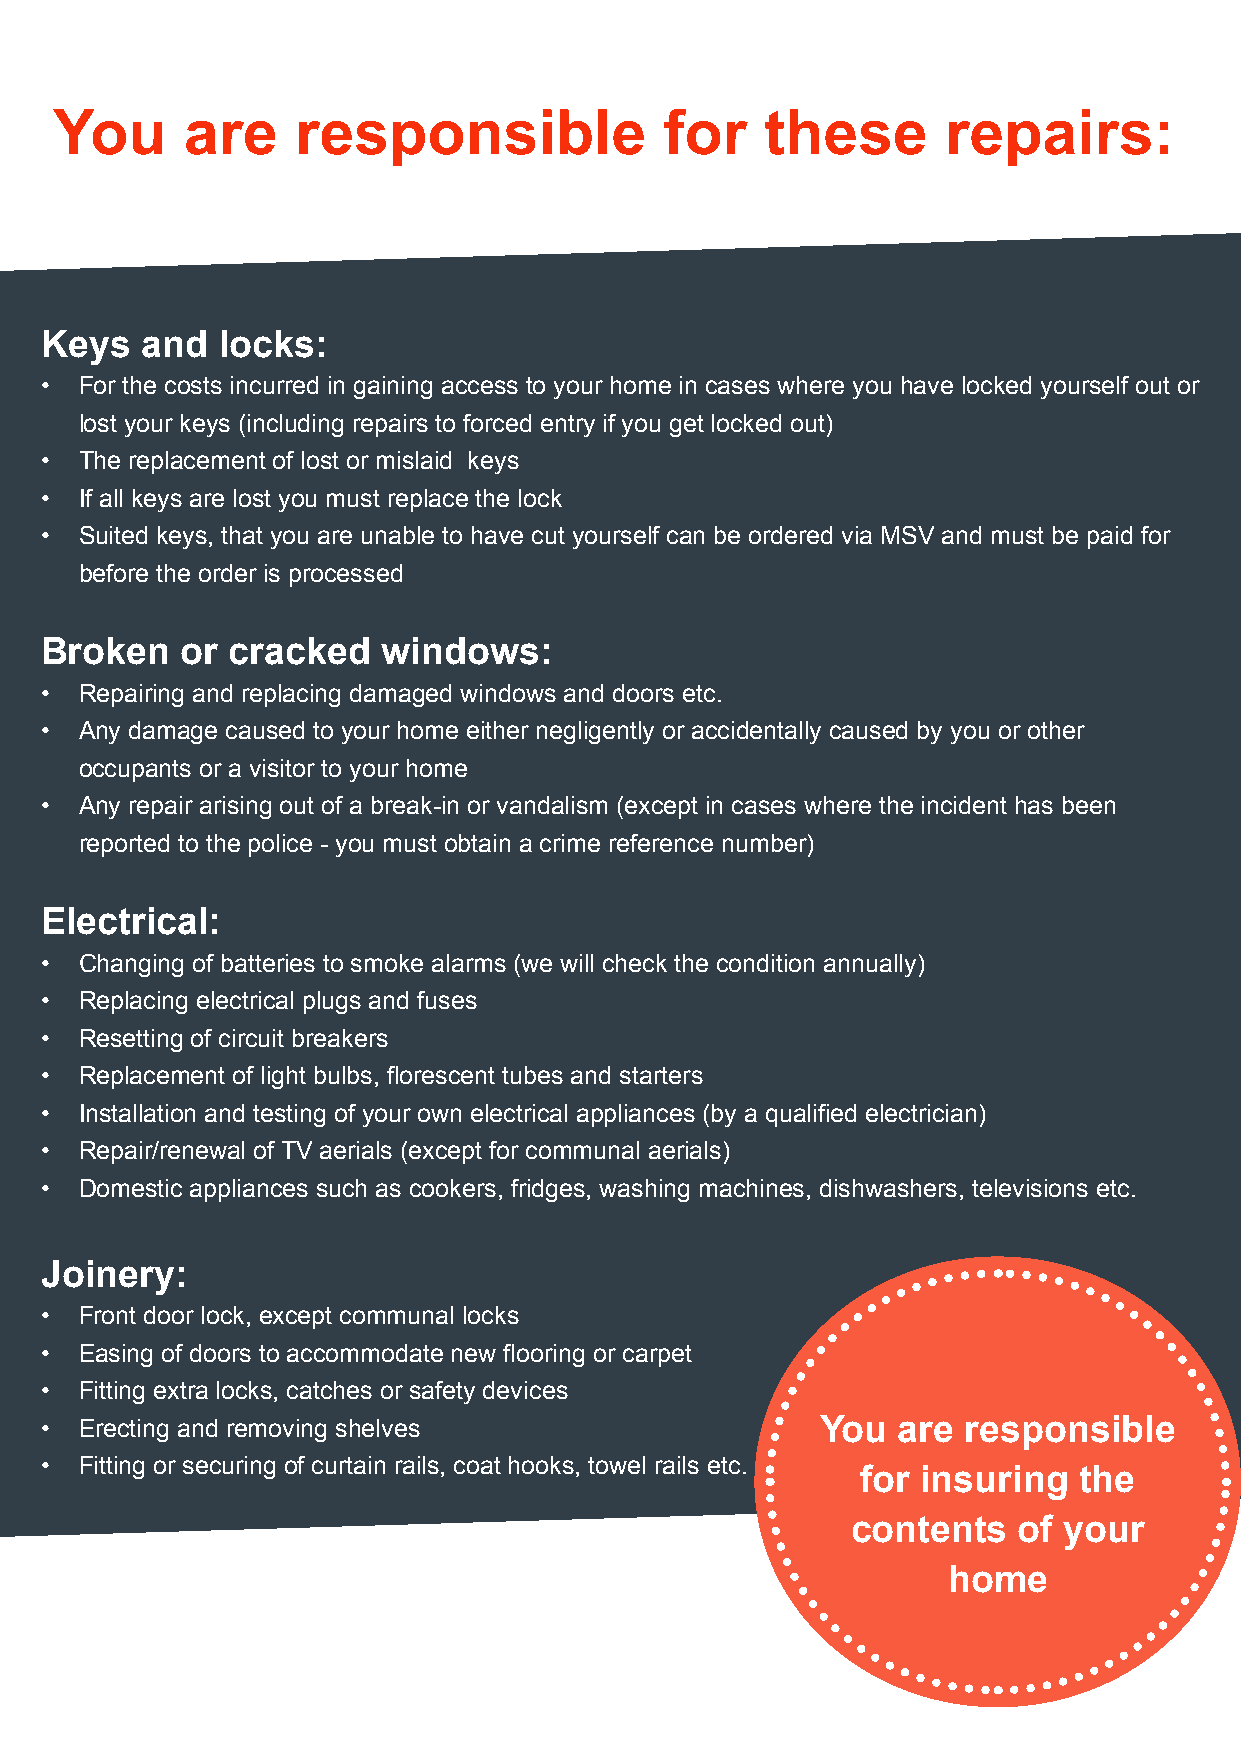
You     are     responsible             for    these       repairs:
 Keys  and  locks:
 • For the costs incurred in gaining access to your home in cases where you have locked yourself out or
 lost your keys (including repairs to forced entry if you get locked out)
 • The replacement of lost or mislaid keys
 • If all keys are lost you must replace the lock
 • Suited keys, that you are unable to have cut yourself can be ordered via MSV and must be paid for
 before the order is processed
 Broken   or cracked   windows:
 • Repairing and replacing damaged windows and doors etc.
 • Any damage caused to your home either negligently or accidentally caused by you or other
 occupants or a visitor to your home
 • Any repair arising out of a break-in or vandalism (except in cases where the incident has been
 reported to the police - you must obtain a crime reference number)
 Electrical:
 • Changing of batteries to smoke alarms (we will check the condition annually)
 • Replacing electrical plugs and fuses
 • Resetting of circuit breakers
 • Replacement of light bulbs, florescent tubes and starters
 • Installation and testing of your own electrical appliances (by a qualified electrician)
 • Repair/renewal of TV aerials (except for communal aerials)
 • Domestic appliances such as cookers, fridges, washing machines, dishwashers, televisions etc.
 Joinery:
 • Front door lock, except communal locks
 • Easing of doors to accommodate new flooring or carpet
 • Fitting extra locks, catches or safety devices
 • Erecting and removing shelves                    You  are  responsible
 • Fitting or securing of curtain rails, coat hooks, towel rails etc.
 for insuring  the
 contents   of your
 home